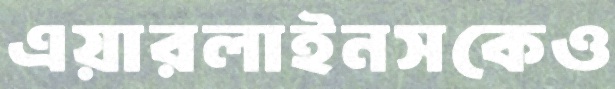
এয়ারলাইনসকেও